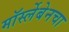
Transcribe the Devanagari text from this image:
मॉर्स्लेबेनचा